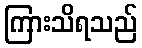
ကြားသိရသည်